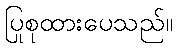
ပြုစုထားပေသည်။